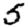
Digit: 5